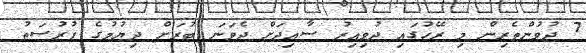
7 ދުވުންތެރިން މި ރޭހުގައި ދުވިއިރު ސާއިދަށް ދެވަނަ ބުރަށް ދިޔުމުގެ ފުރުސަތު